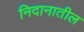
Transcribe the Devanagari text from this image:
निदानातील